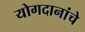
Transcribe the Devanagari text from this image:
योगदानांचे